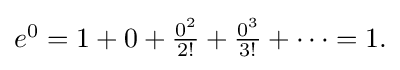
{\textstyle e^{0}=1+0+{\frac {0^{2}}{2!}}+{\frac {0^{3}}{3!}}+\cdots =1.}